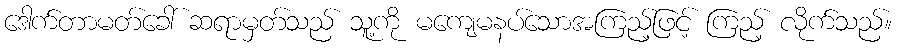
ဒေါက်တာမတ်ခေါ် ဆရာမှတ်သည် သူ့ကို မကျေမနပ်သောအကြည့်ဖြင့် ကြည့် လိုက်သည်။